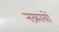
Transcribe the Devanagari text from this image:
नक़ाबों